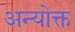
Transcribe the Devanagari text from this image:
अन्योक्त